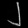
Digit: ၂